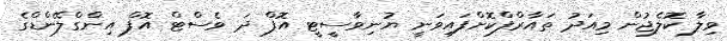
ވިލާ ކޮލެޖުން މިއަދު ތައާރްފްކޮށްފައިވަނީ ޔުނިވާސީޓީ އޮފް ދަ ވެސްޓް އޮފް އިންގްލޭންޑްގެ